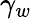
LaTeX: \gamma_{w}